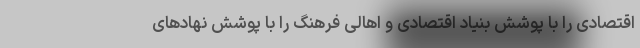
اقتصادی را با پوشش بنیاد اقتصادی و اهالی فرهنگ را با پوشش نهاد‌های